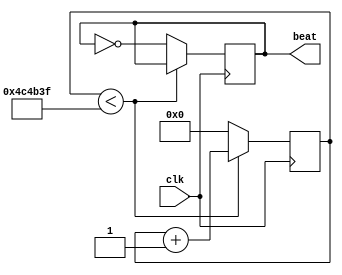
// This program was cloned from: https://github.com/WangXuan95/FPGA-ftdi245fifo
// License: GNU General Public License v3.0


//--------------------------------------------------------------------------------------------------------
// Module  : clock_beat
// Type    : synthesizable, FPGA's top, IP's example design
// Standard: Verilog 2001 (IEEE1364-2001)
// Function: When clk runs, beat signal will blink
//--------------------------------------------------------------------------------------------------------

module clock_beat # (
    parameter  CLK_FREQ = 50000000,    // Unit:Hz
    parameter BEAT_FREQ = 5            // Unit:Hz
) (
    input  wire clk,
    output reg  beat
);

localparam CYCLES = (CLK_FREQ / 2 / BEAT_FREQ);

reg [31:0] count = 0;

initial    beat = 1'b0;

always @ (posedge clk)
    if ( count < (CYCLES-1) ) begin
        count <= count + 1;
    end else begin
        count <= 0;
        beat  <= ~beat;
    end

endmodule